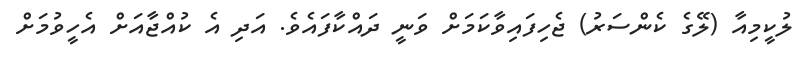
ލުކީމިއާ (ލޭގެ ކެންސަރު) ޖެހިފައިވާކަމަށް ވަނީ ދައްކާފައެވެ. އަދި އެ ކުއްޖާއަށް އެހީވުމަށް